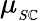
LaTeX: \mu_{_{S\mathbb{C}}}